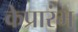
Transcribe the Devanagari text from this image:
केप्रारंभ